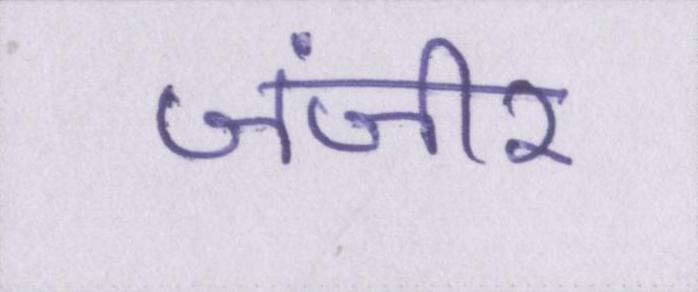
जंजीर